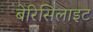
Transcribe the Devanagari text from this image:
बेरिसिलाइट